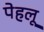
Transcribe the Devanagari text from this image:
पेहलू